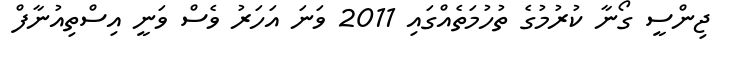
ޖިންސީ ގޯނާ ކުރުމުގެ ތުހުމަތެއްގައި 2011 ވަނަ އަހަރު ވެސް ވަނީ އިސްތިއުނާފް